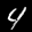
Label: 4